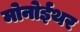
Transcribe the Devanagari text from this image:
मोनोईथर